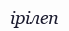
ірілеп